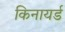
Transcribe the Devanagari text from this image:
किनायर्ड